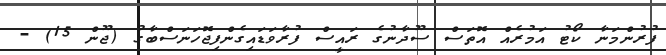
ފުރުންމަނާ ކޯޓު އަމުރެއް އޮތަސް ސޫދާނުގެ ރައީސް ފުރާވަޑައިގެންފިޖޮހަނަސްބާގު (ޖޫން 15) -